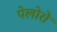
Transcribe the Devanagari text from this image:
पेलोरो